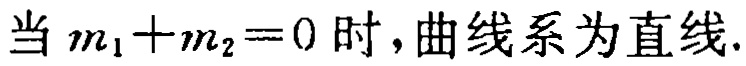
当 \(m_1 + m_2 = 0\) 时，曲线系为直线.